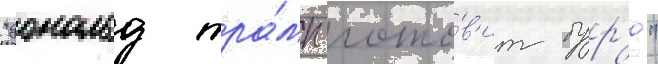
"дональд тра́мп гото́в'ит бур'ю"